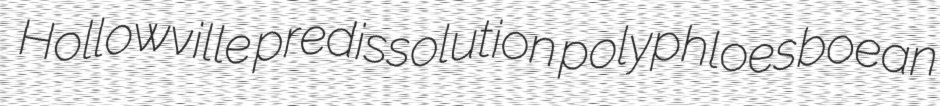
Hollowville predissolution polyphloesboean